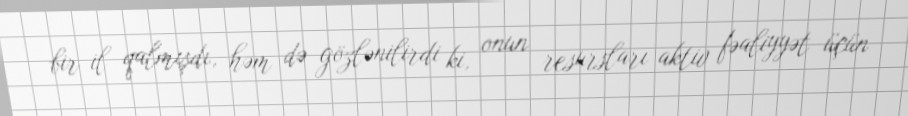
bir il qalmışdı, həm də gözlənilirdi ki, onun resursları aktiv fəaliyyət üçün